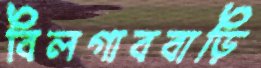
বিলগাববাড়ি